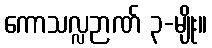
ကောသလ္လဉာဏ် ၃-မျိုး။